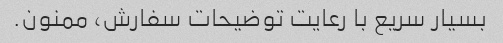
بسیار سریع با رعایت توضیحات سفارش، ممنون.